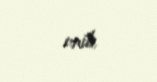
enib.